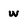
Character: w